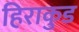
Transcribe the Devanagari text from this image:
हिराकुड